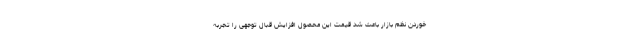
خوردن نظم بازار باعث شد قیمت این محصول افزایش قبال توجهی را تجربه